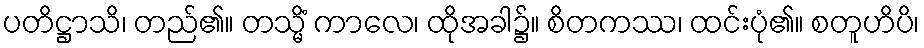
ပတိဋ္ဌာသိ၊ တည်၏။ တသ္မိံ ကာလေ၊ ထိုအခါ၌။ စိတကဿ၊ ထင်းပုံ၏။ စတူဟိပိ၊